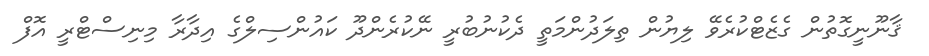
ޤާނޫނީގޮތުން ގެޒެޓްކުރެވޭ ލިޔުން ތިލަދުންމަތީ ދެކުނުބުރީ ނޭކުރެންދޫ ކައުންސިލްގެ އިދާރާ މިނިސްޓްރީ އޮފް